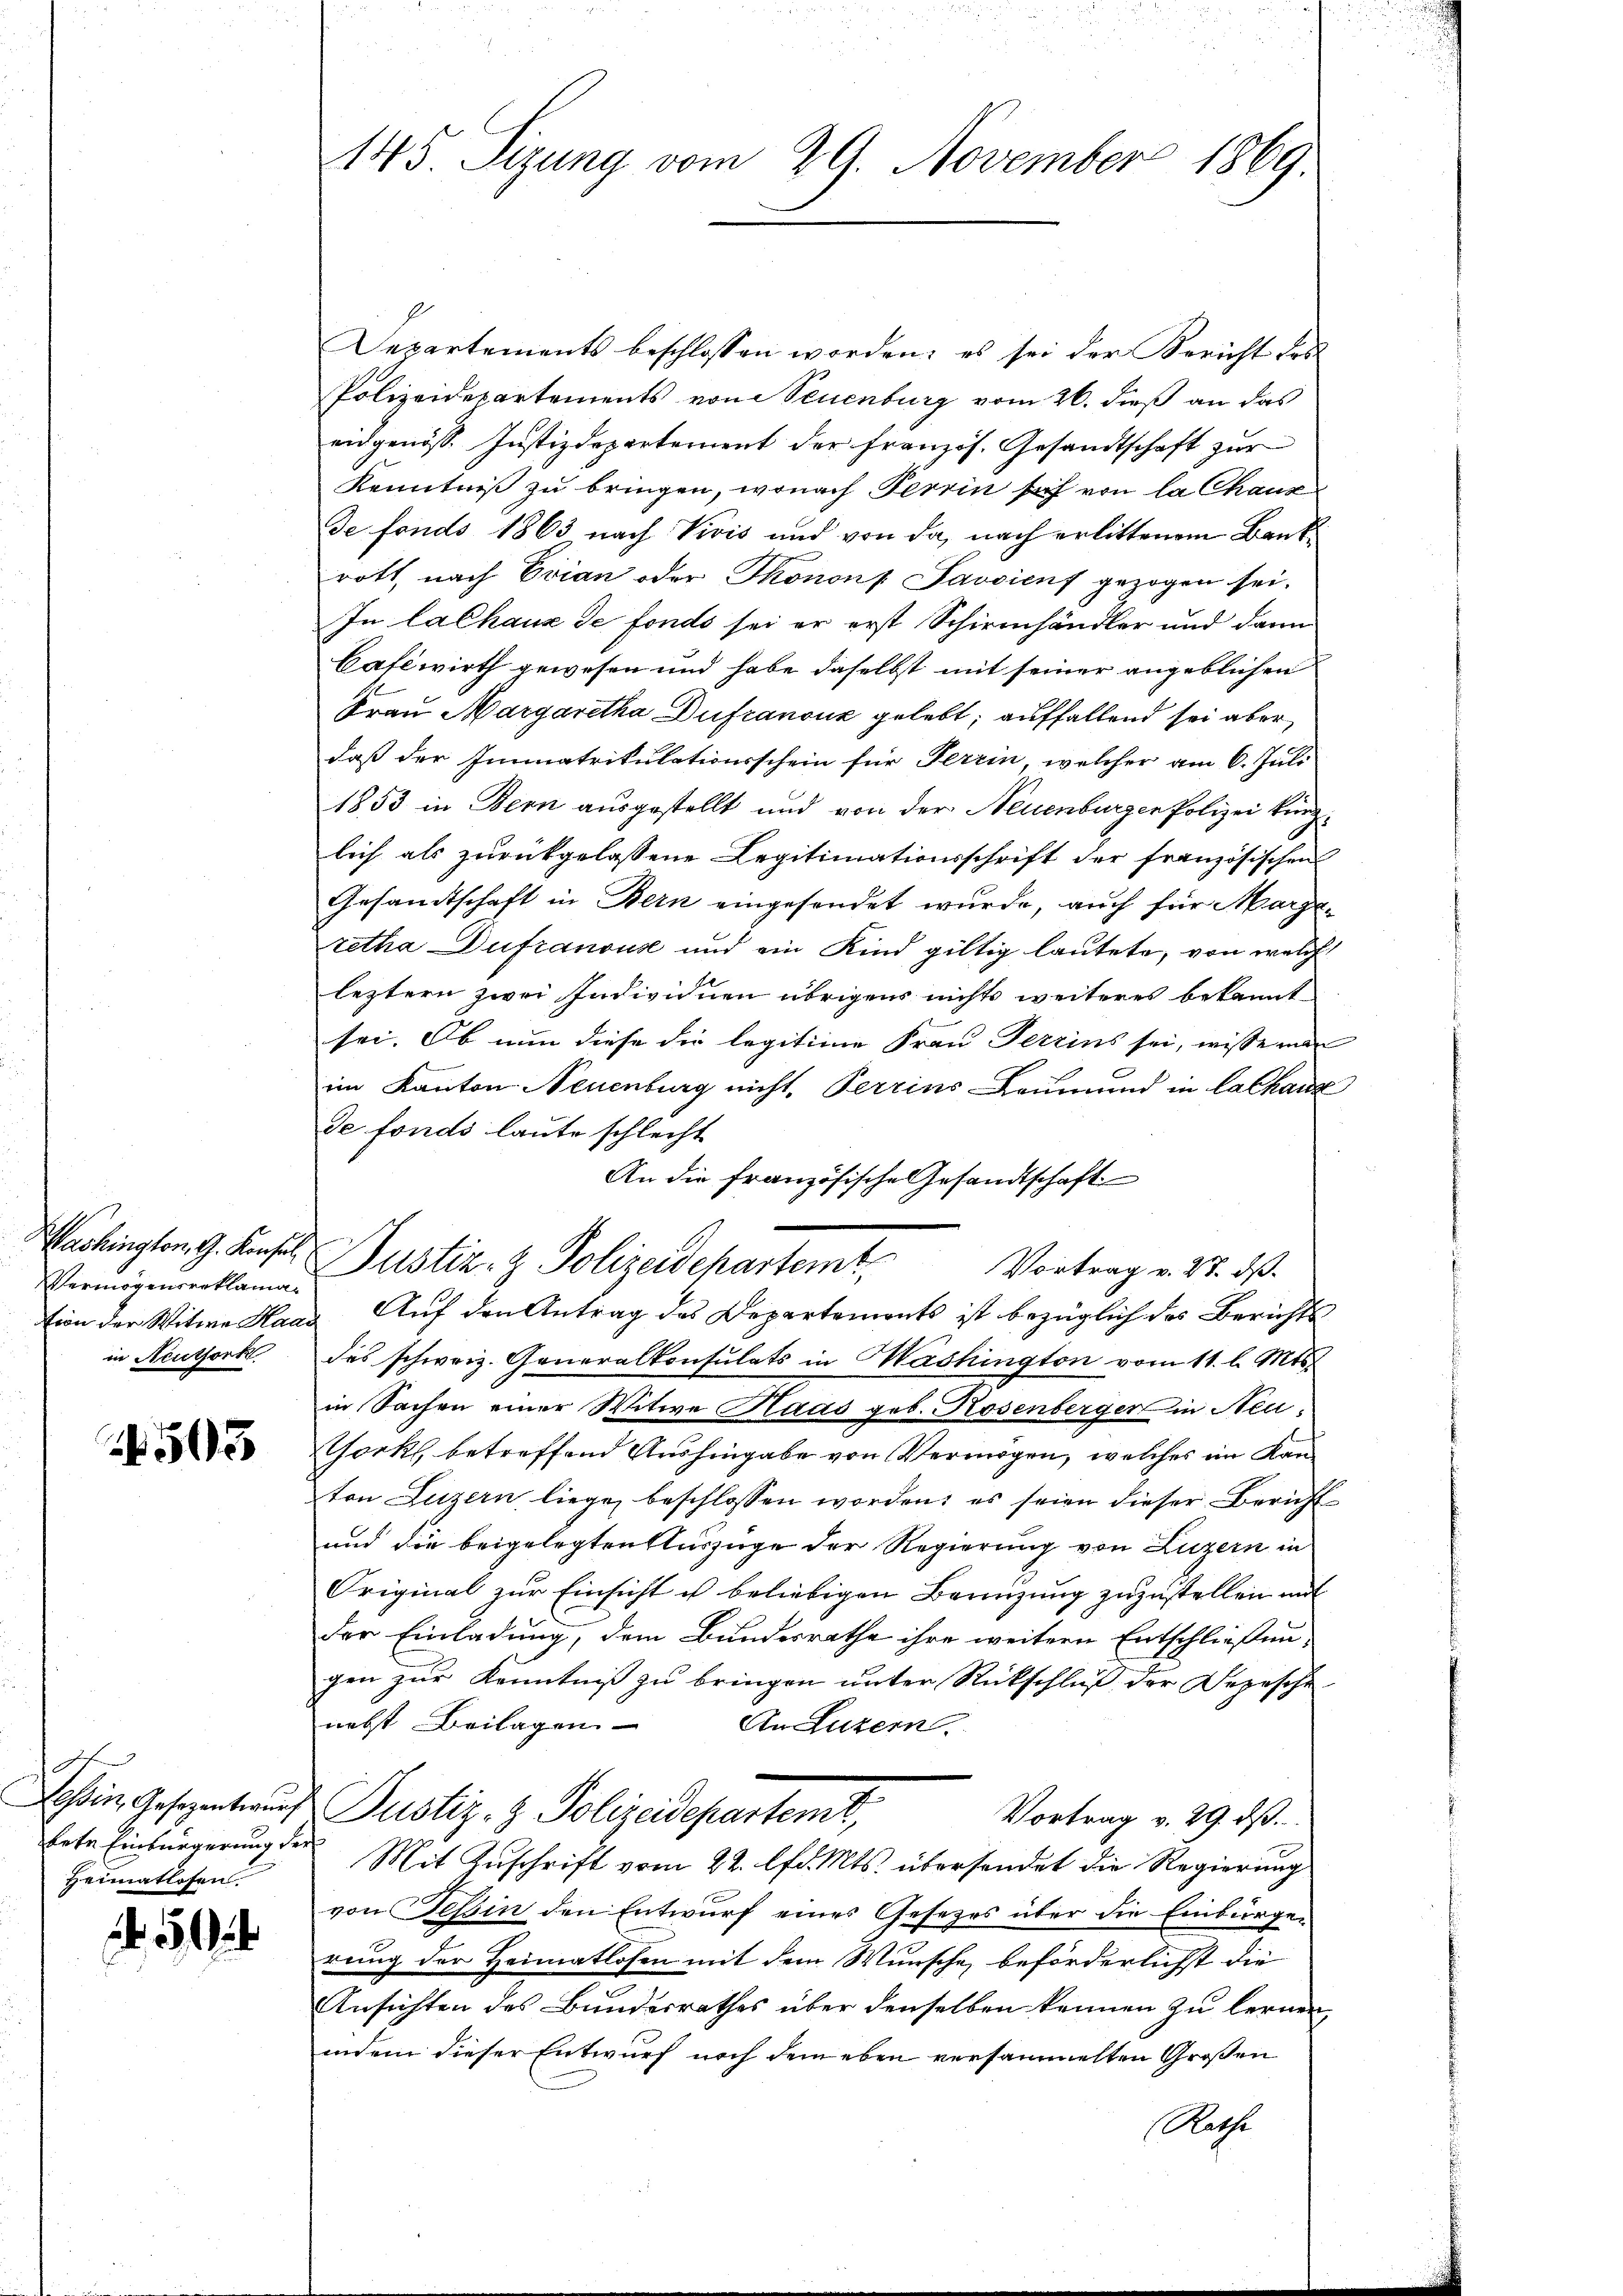
Vermögensreklama¬

503

Tessin, Gesezentwurf
kete Einbürgerung de
Heimatlosen.

145. Sizung vom 29. November 1869.

Departements beschlossen worden; es sei der Bericht des
Polizeidepartements von Neuenburg vom 26. dieß an das
eidgenöss. Justizdeparternent der französ. Gesandtschaft zŭr
Kenntniß zu bringen, wonach Terrin hof von la Chaux
de fonds 1863 nach Vivis und von da, nach erlittenem Bankrott, nach Evian oder Thononf Javaienf gezogen sei.
In lalhaus de fondo sei er erst Schirmhändler und dann
Cafewirth gewesen und habe daselbst mit seiner angeblichen
Frau Margaretha Dufranouz gelebt; auffallend sei aber
daß der Immatrikulationsschein für Ferrin, welcher am 6. Juli
1853 in Bern ausgestellt und von der Neuenburger Polizei kanzlich als zurückgelassene Legitimationsschrift der französischen
Gesandtschaft in Bern eingesendet wurde, auch für Margaretha Dufranous und ein Kind giltig lautete, von welche
leztern zwei Individuen übrigen nichts weiteres bekannt
sei. Ob nun diese die legitime Frau Terrins sei, wisse man
im Kanton Neuenburg nicht, Perrins Leumund in Cathaus
de fonds laute schlecht
An die französische Gesandtschaft
Washington G. Konsul Justiz- & Polizeidchartemt
Vortrag v. 27. ds.
tion der Witwe Haas Auf den Antrag des Departements ist bezüglich des Berichts
in Neuthork. des schweiz. Generalkonsulats in Mashington vom 11. l. Mts.
in Sachen einer Witwe Haas geb. Rosenberger in Neu¬
Thock, betreffend Aushingabe von Vermögen, welches im Kanton Luzern liege beschlossen worden; es seien dieser Bericht
und die beigelegten Auszüge der Regierung von Luzern in
Original zur Einsicht u beliebigen Bannzung zuzustellen mit
der Einladung, dem Bundesrathe ihre weitern Entschließengen zur Kenntniß zu bringen unter Rückschluß der Bezesche
nebst Beilagen
An Luzern.
Justiz- & Polizeidepartemt,
Vortrag v. 29. dβ.
¬
Mit Zuschrift vom 22. lfd. Mts. übersendet die Regierung
von Tessin den Entwurf eines Gesezes über die Einbürgen
rung der Heimatlosen mit dem Wunsche beförderlichst die
Ansichten des Bundesrathes über denselben können zu lernen,
indem dieser Entwurf noch dem eben versammelten Großen
Rathe